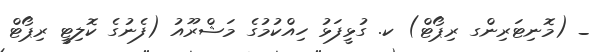
_ (މޮނިޓަރިންގ ރިޕޯޓް) ކ. ގުޅީފަޅު ހިއްކުމުގެ މަޝްރޫއު (ފެނުގެ ކޮލިޓީ ރިޕޯޓް